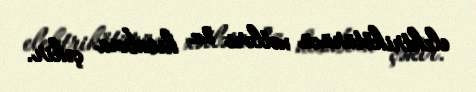
elektrikötürücü xətləri öz hesabına çəkir.